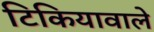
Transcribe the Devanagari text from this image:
टिकियावाले